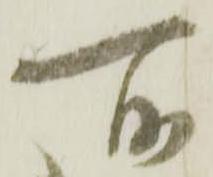
所